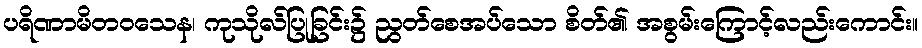
ပရိဏာမိတဝသေန၊ ကုသိုလ်ပြုခြင်း၌ ညွတ်စေအပ်သော စိတ်၏ အစွမ်းကြောင့်လည်းကောင်း။